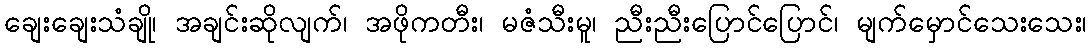
ချေးချေးသံချို၊ အချင်းဆိုလျက်၊ အဖိုကတီး၊ မဇံသီးမူ၊ ညီးညီးပြောင်ပြောင်၊ မျက်မှောင်သေးသေး၊